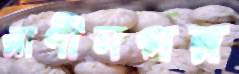
রাণীনগর